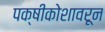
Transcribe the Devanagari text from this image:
पक्षीकोशावरून